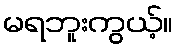
မရဘူးကွယ့်။